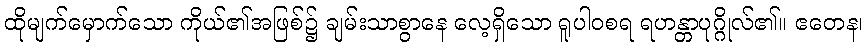
ထိုမျက်မှောက်သော ကိုယ်၏အဖြစ်၌ ချမ်းသာစွာနေ လေ့ရှိသော ရူပါဝစရ ရဟန္တာပုဂ္ဂိုလ်၏။ ဧတေန၊